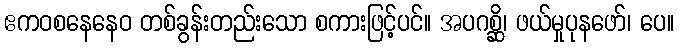
ဧကဝစနေနေဝ တစ်ခွန်းတည်းသော စကားဖြင့်ပင်။ အပဂစ္ဆိ၊ ဖယ်မှုပုနဖော်၊ ပေ။